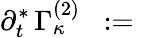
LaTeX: \partial_{t}^{\ast}\, \Gamma_{\kappa}^{(2)}\; \; :=\; \;